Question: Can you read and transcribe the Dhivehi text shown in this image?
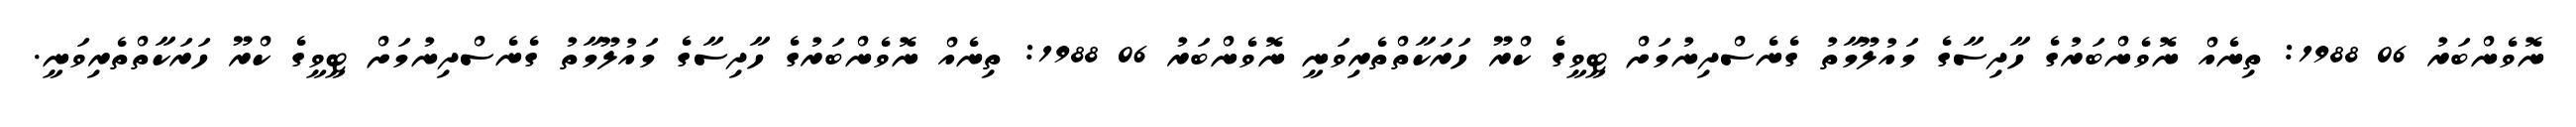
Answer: ނޮވެންބަރު 06 1988: ތިނެއް ނޮވެންބަރުގެ ހާދިސާގެ މައުލޫމާތު ގެނެސްދިނުމަށް ޓީވީގެ ކްރޫ ހަރަކާތްތެރިވަނީ ނޮވެންބަރު 06 1988: ތިނެއް ނޮވެންބަރުގެ ހާދިސާގެ މައުލޫމާތު ގެނެސްދިނުމަށް ޓީވީގެ ކްރޫ ހަރަކާތްތެރިވަނީ.